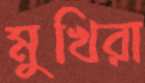
মুখিরা